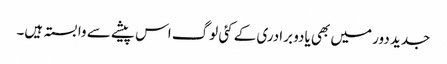
جدید دور میں بھی یادو برادری کے کئی لوگ اس پیشے سے وابستہ ہیں۔